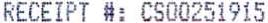
RECEIPT #: CS00251915